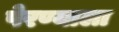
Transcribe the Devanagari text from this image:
पेरण्याला